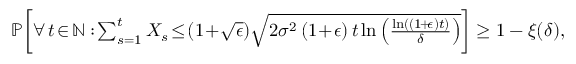
\begin{array} { r l } & { \mathbb { P } \bigg [ \forall \, t \! \in \! \mathbb { N } : \! \sum _ { s = 1 } ^ { t } X _ { s } \! \leq \! ( 1 \! + \! \sqrt { \epsilon } ) \sqrt { 2 \sigma ^ { 2 } \left( 1 \! + \! \epsilon \right) t \ln \left( \frac { \ln \left( ( 1 \! + \! \epsilon ) t \right) } { \delta } \right) } \bigg ] \geq 1 - \xi ( \delta ) , } \end{array}